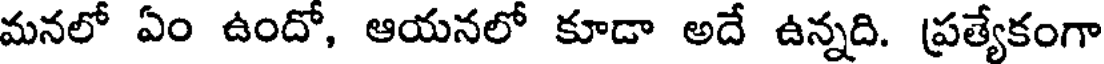
మనలో ఏం ఉందో, ఆయనలో కూడా అదే ఉన్నది. ప్రత్యేకంగా